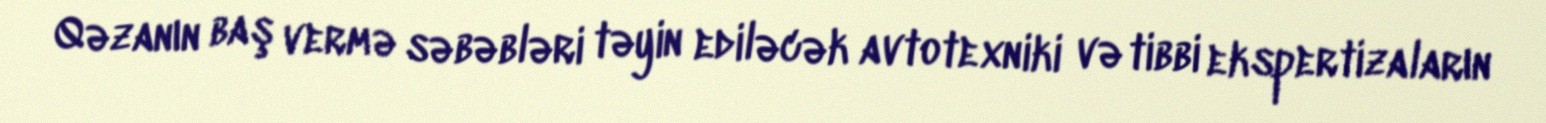
Qəzanın baş vermə səbəbləri təyin ediləcək avtotexniki və tibbi ekspertizaların